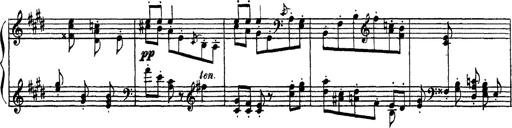
Title: Apparitions
Composer: Franz Liszt